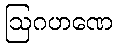
ဩဂဟဏေ